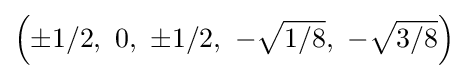
\left(\pm 1/2,\ 0,\ \pm 1/2,\ -{\sqrt {1/8}},\ -{\sqrt {3/8}}\right)